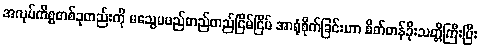
အလုပ်ကိစ္စတစ်ခုတည်းကို မသွေမဖည်တည်တည်ငြိမ်ငြိမ် အာရုံစိုက်ခြင်းဟာ စိတ်တန်ခိုးသတ္တိကြီးပြီး